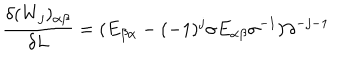
\frac { \delta ( W _ { j } ) _ { \alpha \beta } } { \delta L } = ( E _ { \beta \alpha } - ( - 1 ) ^ { j } \sigma E _ { \alpha \beta } \sigma ^ { - 1 } ) \partial ^ { - j - 1 }